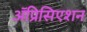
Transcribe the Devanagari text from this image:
ॲप्रिसिएशन